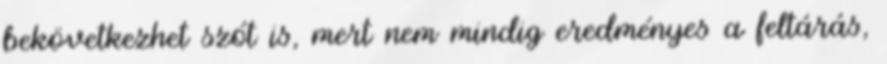
bekövetkezhet szót is, mert nem mindig eredményes a feltárás,